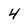
Character: 4